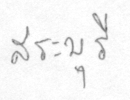
สระบุรี